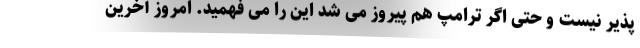
پذیر نیست و حتی اگر ترامپ هم پیروز می شد این را می فهمید. امروز آخرین